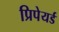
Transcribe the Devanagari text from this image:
प्रिपेयर्ड